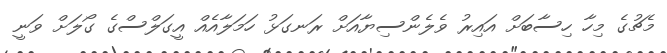
މެޗުގެ މިހާ ހިސާބަށް އައިރު ވެލެންސިޔާއަށް ރަނގަޅު ހަމަލާއެއް އީގަލްސްގެ ގޯލަށް ވަނީ